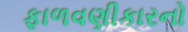
ફાળવણીકારનો